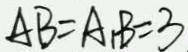
A B = A _ { 1 } B = 3